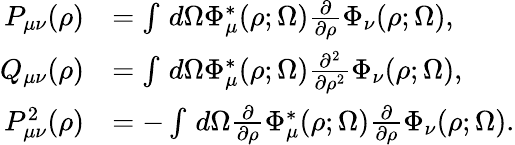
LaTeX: \begin{array}{rl}{P_{\mu\nu}(\rho)}&{=\int\, d\Omega\Phi_{\mu}^{*}(\rho;\Omega)\frac{\partial}{\partial\rho}\Phi_{\nu}(\rho;\Omega),}\\ {Q_{\mu\nu}(\rho)}&{=\int\, d\Omega\Phi_{\mu}^{*}(\rho;\Omega)\frac{\partial^{2}}{\partial\rho^{2}}\Phi_{\nu}(\rho;\Omega),}\\ {P_{\mu\nu}^{2}(\rho)}&{=-\int\, d\Omega\frac{\partial}{\partial\rho}\Phi_{\mu}^{*}(\rho;\Omega)\frac{\partial}{\partial\rho}\Phi_{\nu}(\rho;\Omega).}\end{array}